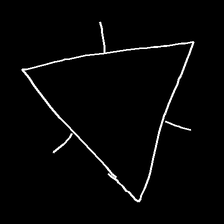
Glyph: fire